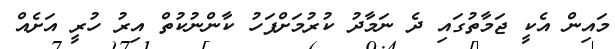
މައިން އެކީ ޖަމާތުގައި ދެ ނަމާދު ކުރުމަށްފަހު ކާންނުކުތް އިރު ހުރީ އަށެއް